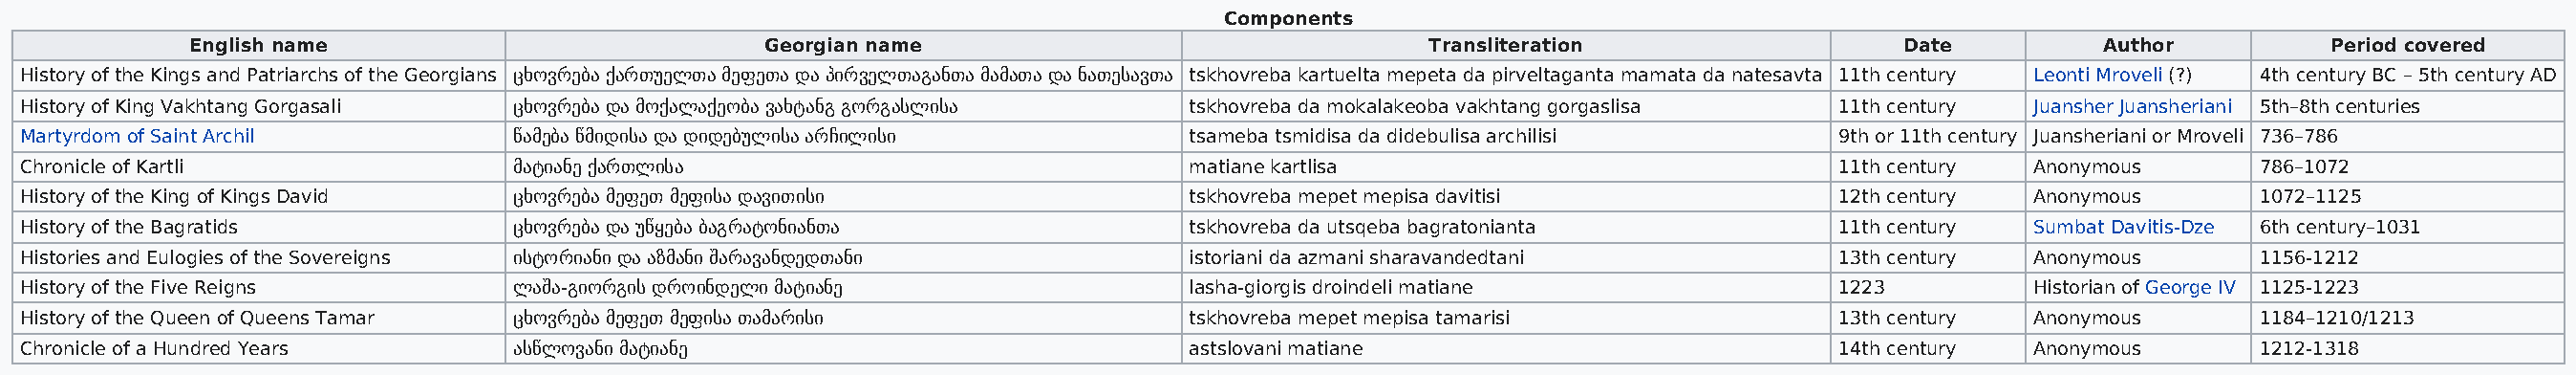
Components
 English name                            Georgian name                                 Transliteration                  Date          Author         Period covered
 History of the Kings and Patriarchs of the Georgians ცხოვრება ქართუელთა მეფეთა და პირველთაგანთა მამათა და ნათესავთა tskhovreba kartuelta mepeta da pirveltaganta mamata da natesavta 11th century Leonti Mroveli (?) 4th century BC – 5th century AD
 History of King Vakhtang Gorgasali ცხოვრება და მოქალაქეობა ვახტანგ გორგასლისა    tskhovreba da mokalakeoba vakhtang gorgaslisa 11th century Juansher Juansheriani 5th–8th centuries
 Martyrdom of Saint Archil          წამება წმიდისა და დიდებულისა არჩილისი         tsameba tsmidisa da didebulisa archilisi     9th or 11th century Juansheriani or Mroveli 736–786
 Chronicle of Kartli                მატიანე ქართლისა                              matiane kartlisa                             11th century  Anonymous       786–1072
 History of the King of Kings David ცხოვრება მეფეთ მეფისა დავითისი                tskhovreba mepet mepisa davitisi             12th century  Anonymous       1072–1125
 History of the Bagratids           ცხოვრება და უწყება ბაგრატონიანთა              tskhovreba da utsqeba bagratonianta          11th century  Sumbat Davitis-Dze 6th century–1031
 Histories and Eulogies of the Sovereigns ისტორიანი და აზმანი შარავანდედთანი      istoriani da azmani sharavandedtani          13th century  Anonymous       1156-1212
 History of the Five Reigns         ლაშა-გიორგის დროინდელი მატიანე                lasha-giorgis droindeli matiane              1223          Historian of George IV 1125-1223
 History of the Queen of Queens Tamar ცხოვრება მეფეთ მეფისა თამარისი              tskhovreba mepet mepisa tamarisi             13th century  Anonymous       1184–1210/1213
 Chronicle of a Hundred Years       ასწლოვანი მატიანე                             astslovani matiane                           14th century  Anonymous       1212-1318